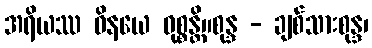
အရိယဿ ဝိနယေ ဝုစ္စန္တိ။စုန္ဒ - ချစ်သားစုန္ဒ၊